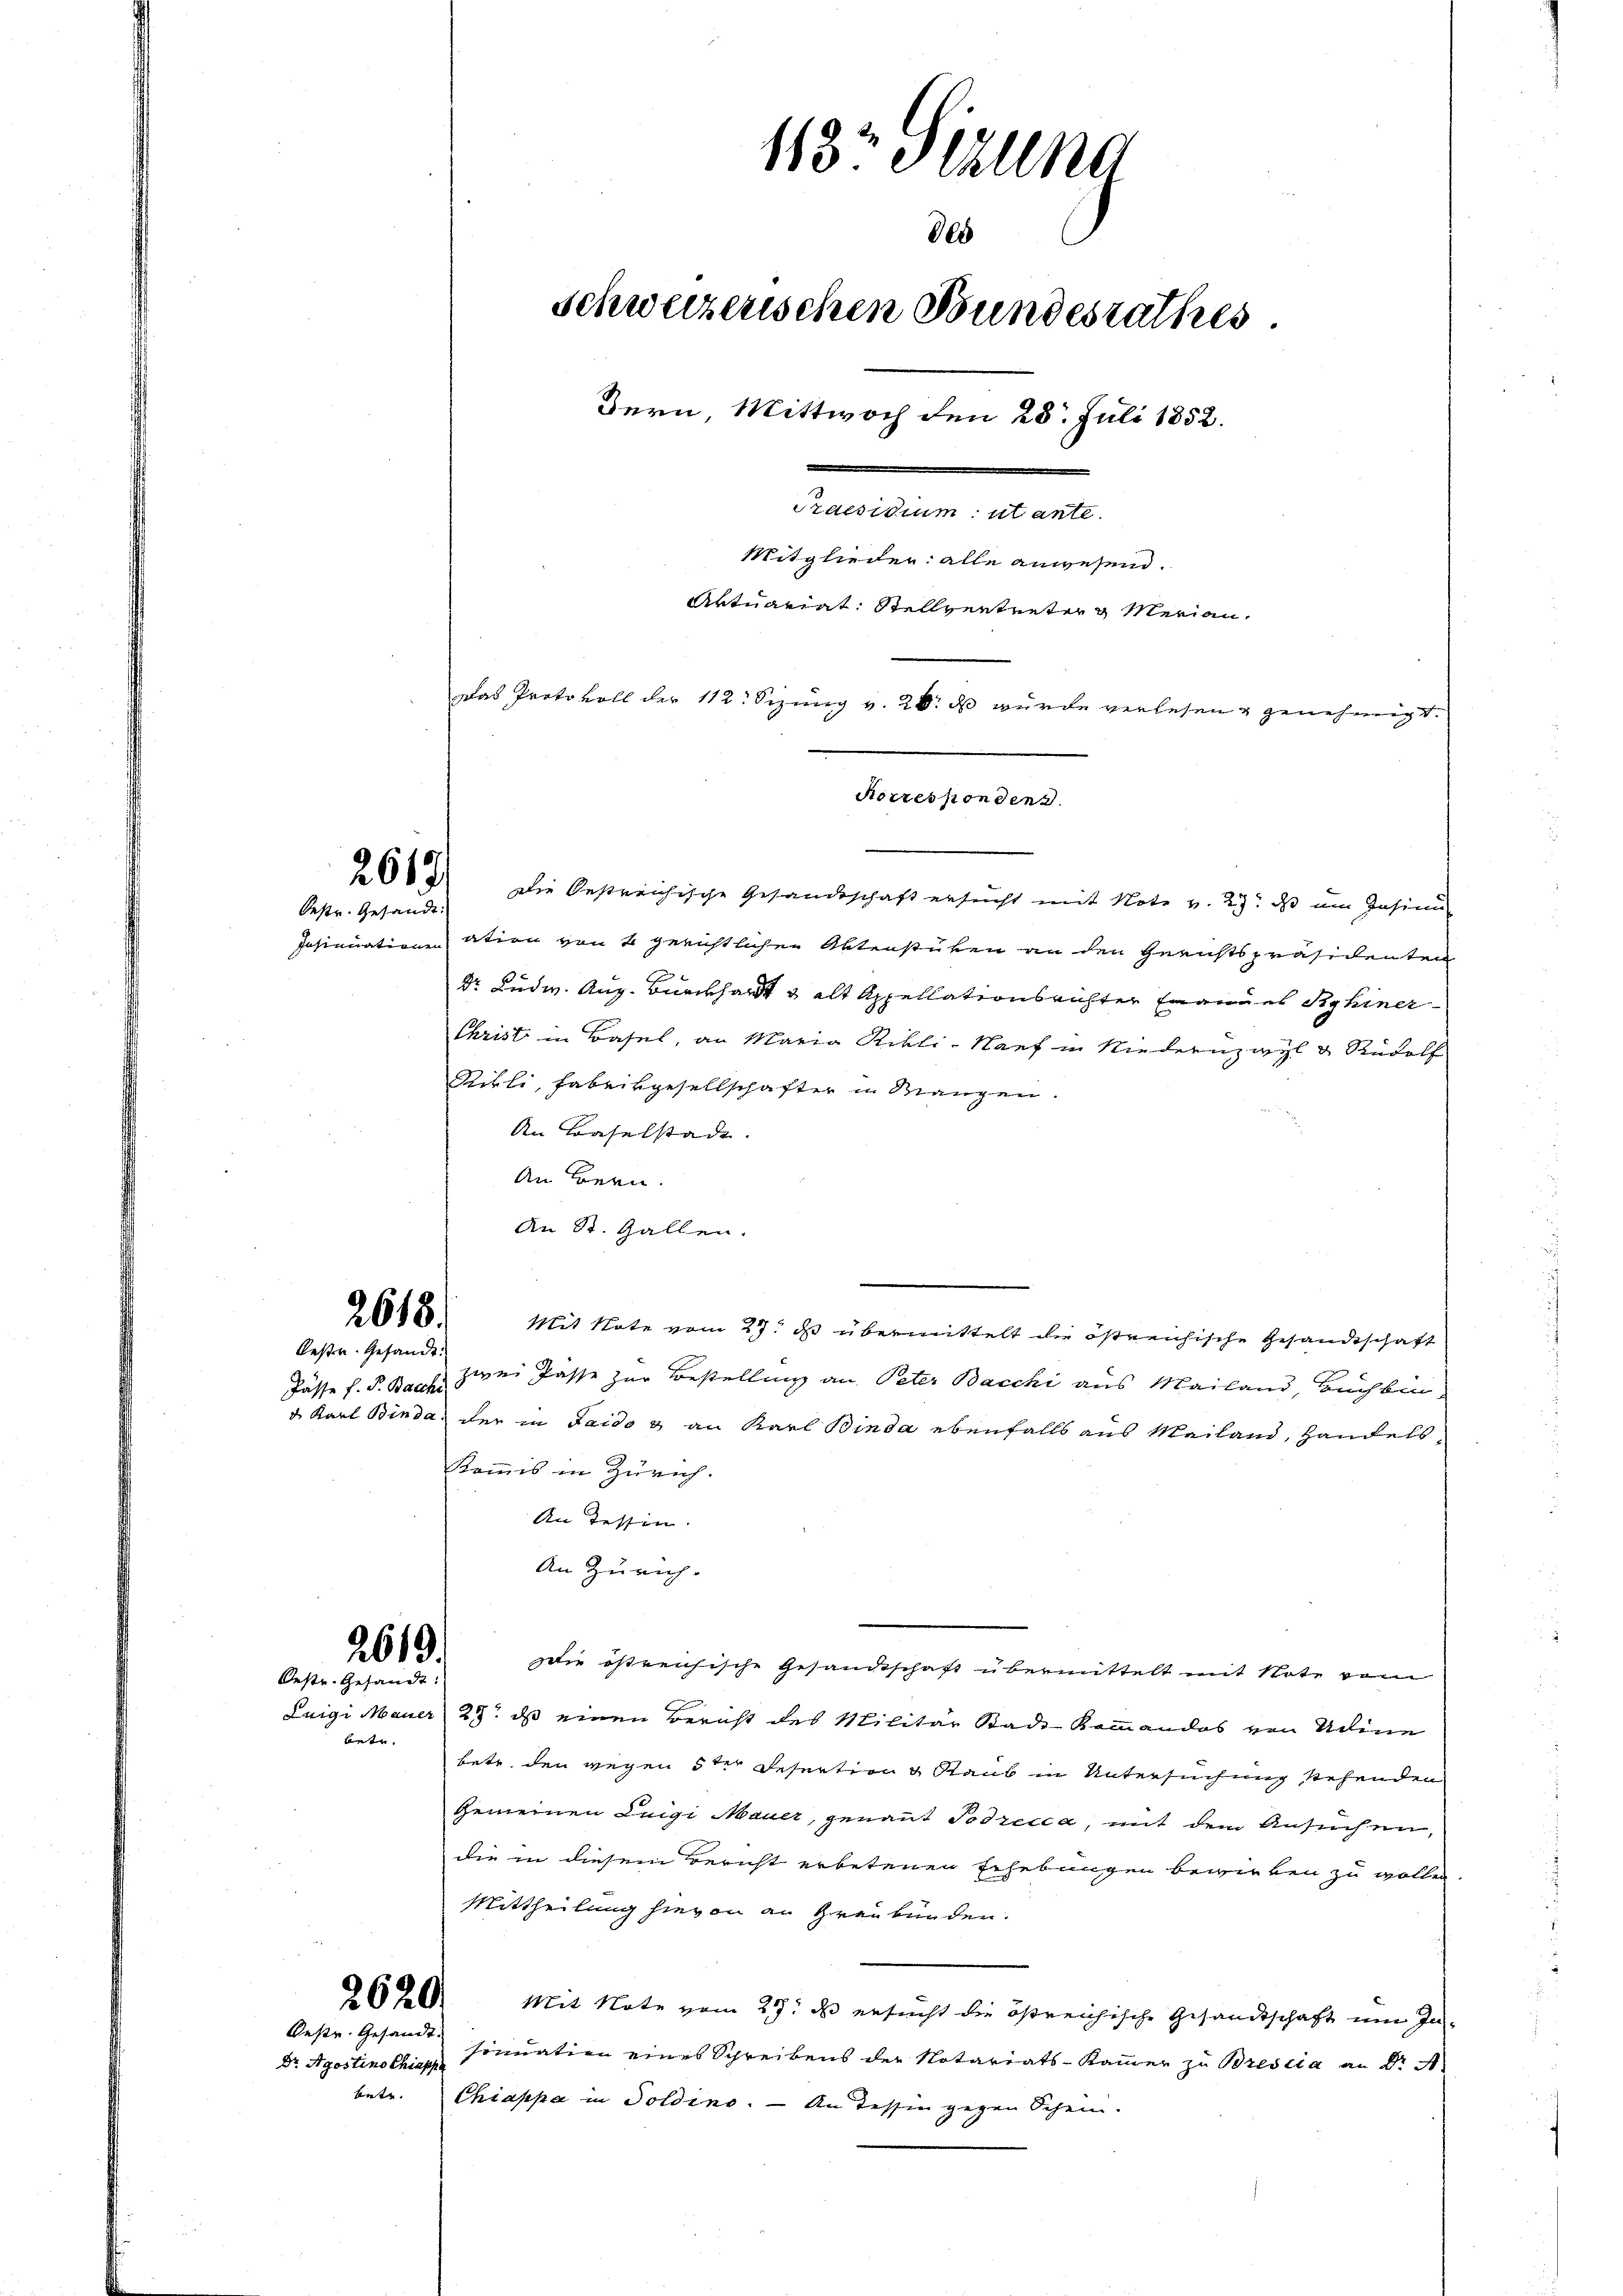
Oestr. Gesandt.

2618.

Bestr. Gesandt.
Pässe f. F. Bacche

2619.
Oestr. Gesandt:

betr.

Oestr. Gesandt.
Dr. Agostino Chiappe
bete.

118. Jezung
805
schweizerischen Bundesrathes.
Bern, Mittwoch den 28. Juli 1852.
Praesidium utante.
Mitglieder alle anwesend.
Artuariat Stellvertreter u Merian,
Das Protokoll der 112. Sizung v. 20. ds wurde verlesen & genehmigt.

2083) Die Oestreichische Gesandtschaft ersucht mit Note v. 27. ds um Insinu
Insinuationen ation von 4 gerichtlichen Aktenstüken an den Gerichtspräsidenten
Dr. Ludw. Aug. Brückhardt & alt Appellationsrichter Emanues Ryhiner-
Christ in Basel, an Maria Ribli-Narf in Niederuzwyl & Rudolf
Pikli, Fabrikgesellschafter u. Mangen.
An Baselstade.
An Bern.
An St. Gallen.
Mit Note vom 27. d übermittelt die östreichische Gesandtschaft
zwei Pässe zur Bestellung an Peter Bacchi aus Mailand, Buchbin
d. Karl Binda, der in Saido & an Karl Binda ebenfalls aus Mailand, Handels
Kommis in Zürich.
An Tessin. |
An Zürich-
ie östreichische Gesandtschaft übermittelt mit Note vom
Luigi Mauer 23. ds einen Bericht des Militär Stade Kommandos von Udine
betr. den gegen 5 der Resertion & Staub in Untersuchung stehenden
Gemeinen Luigi Mauer, genannt Podrecca, mit dem Ansuchen,
die in diesem Bericht erbetenen Erhebungen bewirken zu wollen
Mittheilung hievon an Graubünden.
2620. Mit Note vom 29. ds. ersucht die östreichische Gesandtschaft um In-
sinuation eines Schreibens der Notariats-Kammer zu Brescia an Dr. A
Chiappa in Goldino. — An dessen gegen Schein.

Korrespondens.